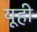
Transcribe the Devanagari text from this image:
यूही